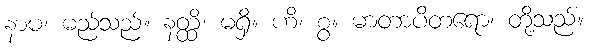
နာမ၊ မည်သည်။ နတ္ထိ၊ မရှိ။ ဟိ၊ စွ။ မာတာပိတရော၊ တို့သည်။